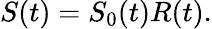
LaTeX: S(t)=S_{0}(t)R(t).